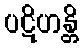
ပဋိဟန္တိ